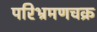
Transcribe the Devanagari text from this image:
परिभ्रमणचक्र